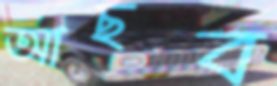
আছব